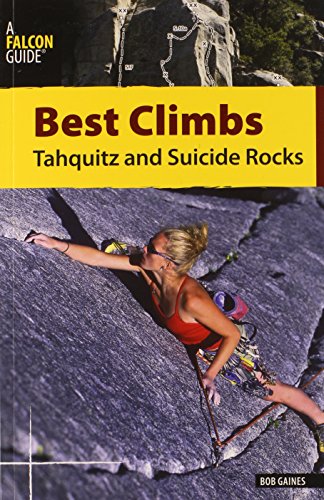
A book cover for Best Climbs Tahquitz and Suicide Rocks (Best Climbs Series); Bob Gaines; Sports & Outdoors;